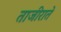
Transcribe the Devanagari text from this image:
ताजीराते